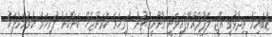
ޒުބައިރު ވިދާޅުވީ އޭޖީ ލަފާދެއްވާފައިވަނީ ގާނޫނީގޮތުން ފުރިހަމަ ކުރަންޖެހޭ ކަންކަން ފުރިހަމަ ކުރުމަށްފަހު